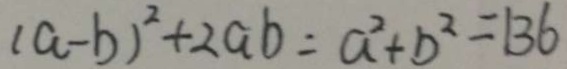
( a - b ) ^ { 2 } + 2 a b = a ^ { 2 } + b ^ { 2 } = 1 3 6